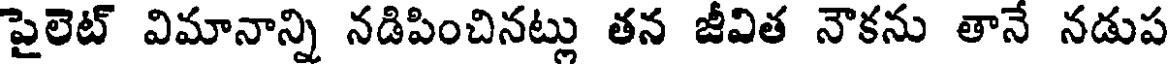
పైలెట్ విమానాన్ని నడిపించినట్లు తన జీవిత నౌకను తానే నడుప